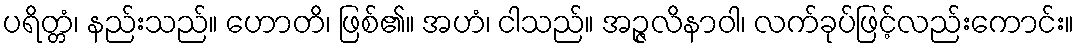
ပရိတ္တံ၊ နည်းသည်။ ဟောတိ၊ ဖြစ်၏။ အဟံ၊ ငါသည်။ အဉ္ဇလိနာဝါ၊ လက်ခုပ်ဖြင့်လည်းကောင်း။